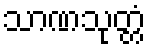
သာဏသုတ္တံ